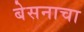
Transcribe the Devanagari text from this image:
बेसनाचा